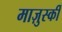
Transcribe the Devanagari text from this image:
माज़ुर्स्की